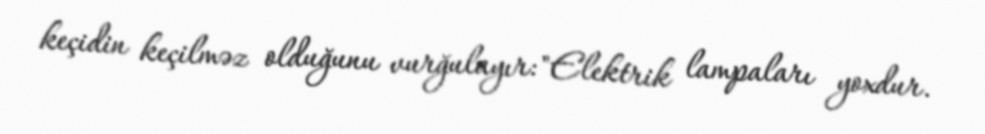
keçidin keçilməz olduğunu vurğulayır: "Elektrik lampaları yoxdur.